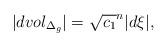
LaTeX: \begin{align*} |dvol_{\Delta_g}|= \sqrt {c_1}^n |d\xi|, \end{align*}